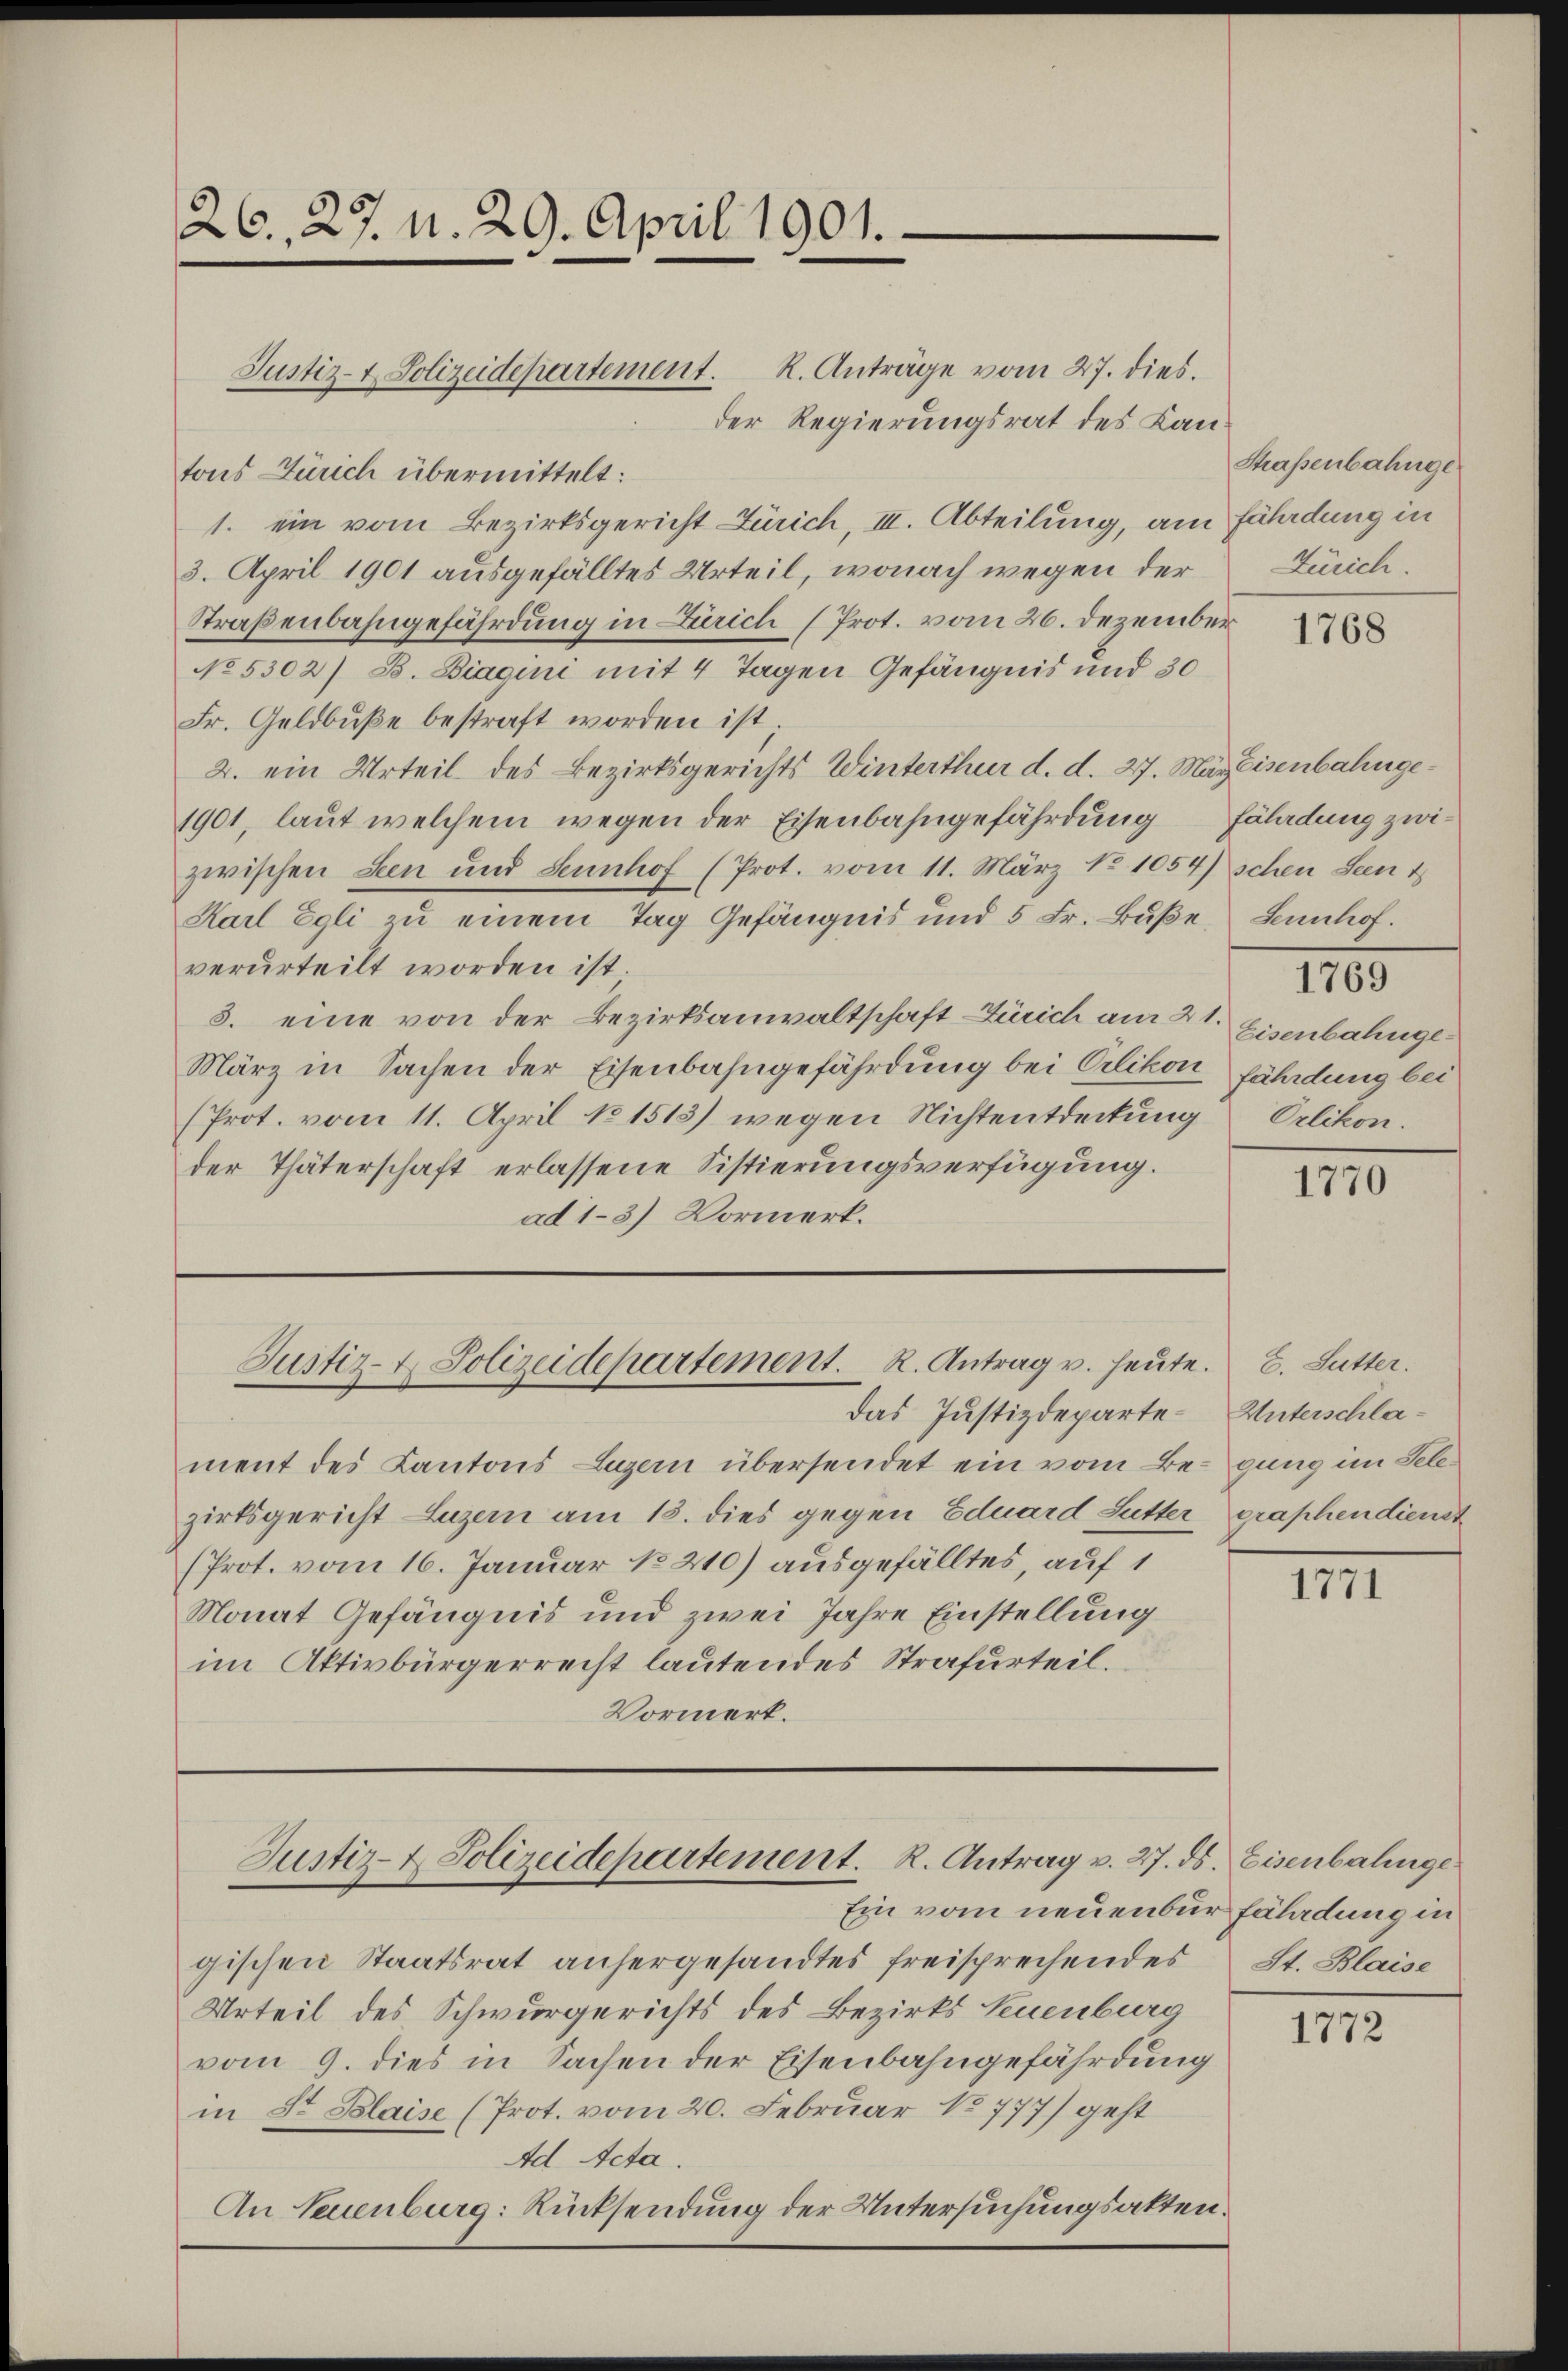
26., 27. N. 29. April 1901.

der Regierungsrat des Kantons Zürich übermittelt:
1. ein vom Bezirksgericht Zürich, III. Abteilung, am Fährdung in
3. April 1901 ausgefälltes Urteil, wonach wegen der
Straßenbahngefährdung in Zürich (Prot. vom 26. Dezember
No 5302/ B. Biagini mit 4 Tagen Gefängnis und 30
Fr. Geldbuße bestraft worden ist
2. ein Urteil des Bezirksgerichts Winterthur d. d. 27. März Eisenbahnge¬
1901, laut welchem wegen der Eisenbahngefährdung Fäladung zwizwischen Seen und Sennhof (Prot. vom 11. März No 1054)
Karl Egli zu einem Tag Gefängnis und 5 Fr. Buße
verurteilt worden ist
3. eine von der Bezirksanwaltschaft Zürich am 21.
März in Sachen der Eisenbahngefährdung bei Clikon fährdung bei
(Prot. vom 11. April No 1513) wegen Nichtentdeckung
der Thäterschaft erlassene Sistierungsverfügung.
ad 13) Vormerk.

Justiz- & Polizeidepartement. K. Anträge vom 27. dies

Justiz- & Polizeidepartement. R. Antrag u. heute. E. Sutter.

das Justizdeparte Unterschlament des Kantons Luzern übersendet ein vom Begung im Telezirksgericht Luzern am 18. dies gegen Eduard Sutter graphendienst
(Prot. vom 16. Januar No 210) ausgefälltes, auf 1
Monat Gefängnis und zwei Jahre Einstellung
im Aktivbürgerrecht lautendes Strafurteil.
Vormerk.

Justiz- & Polizeidepartement. R. Antrag v. 27. ds. Eisenbahnge

Strassenbahnge
Zürich.

Ein vom neuenbur fährdung in
gischen Staatsrat anhergesandtes freisprechendes
Urteil des Schwurgerichts des Bezirks Neuenburg
vom 9. dies in Sachen der Eisenbahngefährdung
in St. Blaise (Prot. vom 20. Februar No 777) geht
Ad Acta.
An Neuenburg: Rücksendung der Untersuchungsakten.

1768

schen Seen t
Sennhof.

Eisenbahnge¬
Orlikon.

1769

III

1771

St. Blaise

1772